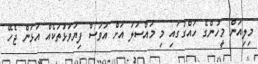
މިލިއަން މީހުންގެ ހައްގުގައި މި މައްސަލަ އަށް އަވަސް ފިޔަވަޅުތަކެއް އަޅަން ޖެހޭ